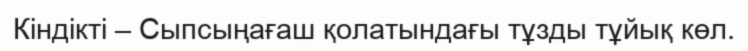
Кіндікті – Сыпсыңағаш қолатындағы тұзды тұйық көл.